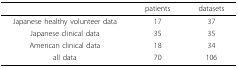
|  | patients | datasets |
 | --- | --- | --- |
 | Japanese healthy volunteer data | 17 | 37 |
 | Japanese clinical data | 35 | 35 |
 | American clinical data | 18 | 34 |
 | all data | 70 | 106 |